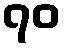
၇၀